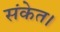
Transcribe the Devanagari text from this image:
संकेत।